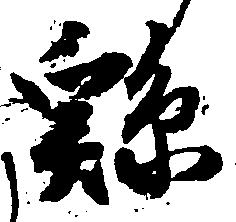
＊